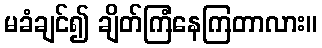
မခံချင်၍ ချိတ်ကြံနေကြတာလား။